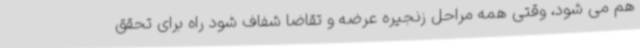
هم می شود، وقتی همه مراحل زنجیره عرضه و تقاضا شفاف شود راه برای تحقق